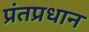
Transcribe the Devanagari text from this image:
प्रंतप्रधान